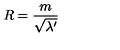
R = { \frac { m } { \sqrt { \lambda ^ { \prime } } } }